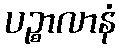
ပဉ္စာလာနံ